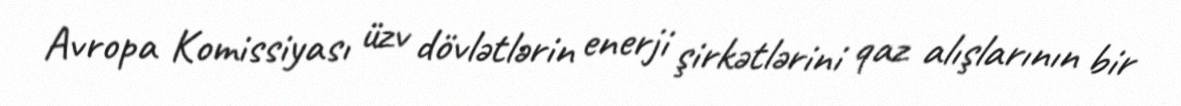
Avropa Komissiyası üzv dövlətlərin enerji şirkətlərini qaz alışlarının bir